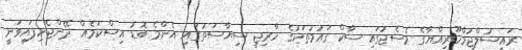
ރައީސުލްޖުމްހޫރިއްޔާގެ މެސެޖުގައި ސާކް ގައުމުތަކުގެ ހާރިޖީ ސިޔާސަތުގައި އެންމެ ބޮޑު އިސްކަމެއް ދޭންޖެހިފައިވަނީ